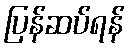
ပြန်ဆပ်ရန်